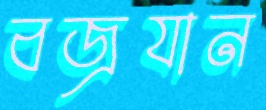
বজ্রযান